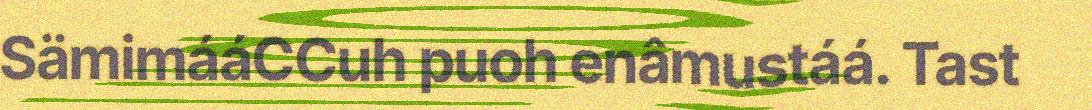
SämimááCCuh puoh enâmustáá. Tast